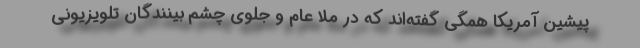
پیشین آمریکا همگی گفته‌اند که در ملا عام و جلوی چشم بینندگان تلویزیونی